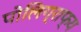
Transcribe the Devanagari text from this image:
पोलिग्राफ्य